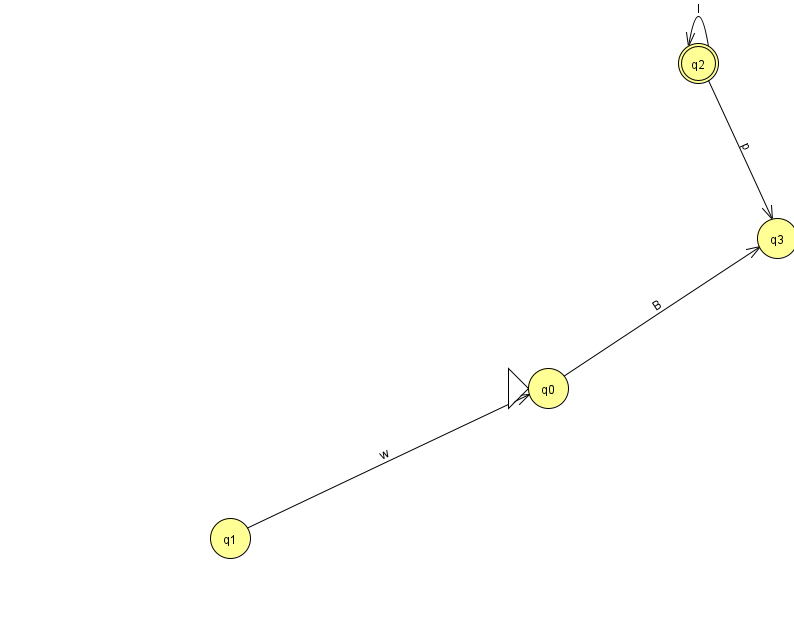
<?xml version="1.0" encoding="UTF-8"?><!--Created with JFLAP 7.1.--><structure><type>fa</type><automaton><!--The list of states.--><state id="0" name="q0"><x>548.0</x><y>375.0</y><initial/></state><state id="1" name="q1"><x>230.0</x><y>525.0</y></state><state id="2" name="q2"><x>698.0</x><y>50.0</y><final/></state><state id="3" name="q3"><x>777.0</x><y>225.0</y></state><!--The list of transitions.--><transition><from>1</from><to>0</to><read>w</read></transition><transition><from>0</from><to>3</to><read>B</read></transition><transition><from>2</from><to>2</to><read>l</read></transition><transition><from>2</from><to>3</to><read>p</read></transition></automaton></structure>